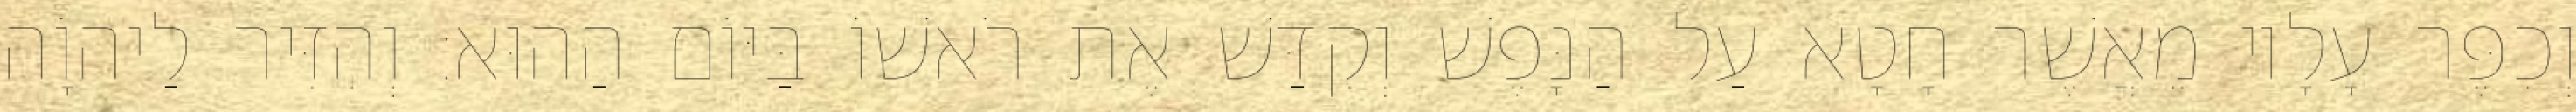
וְכִפֶּר עָלָיו מֵאֲשֶׁר חָטָא עַל הַנָּפֶשׁ וְקִדַּשׁ אֶת רֹאשׁוֹ בַּיּוֹם הַהוּא׃ וְהִזִּיר לַיהוָֹה